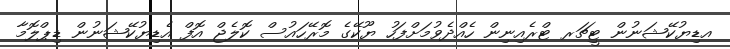
އޑިޔުކޭޝަނުން ޓީޗަރ ޓްރެއިނިން ހެއްދެވުމަށްފަހު ޔޫކޭގެ މޮރޭހައުސް ކޮލެޖް އޮފް އެޑިޔުކޭޝަނުން ޑިޕްލޮމާ